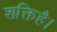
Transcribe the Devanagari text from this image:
शक्तिहै।